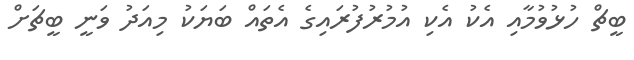
ބީޗް ހުޅުވުމާއި އެކު އެކި އުމުރުފުރައިގެ އެތައް ބަޔަކު މިއަދު ވަނީ ބީޗަށް